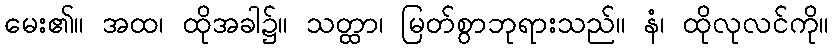
မေး၏။ အထ၊ ထိုအခါ၌။ သတ္ထာ၊ မြတ်စွာဘုရားသည်။ နံ၊ ထိုလုလင်ကို။